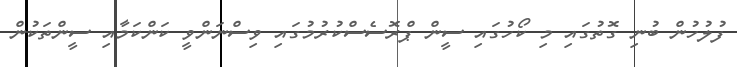
ފުލުހުން ބުނި ގޮތުގައި މި ކޯހުގައި ސީން ޕްރޮސެސްކުރުމުގައި ވިސްނަންވީ ކަންކަމާއި ސީންތަކުން